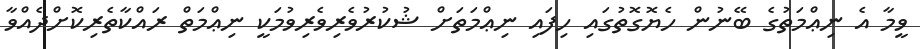
ވީމާ އެ ނިޢްމަތުގެ ބޭނުން ހެޔޮގޮތުގައި ހިފައި ނިޢްމަތަށް ޝުކުރުވެރިވެރިވުމަކީ ނިޢްމަތް ރައްކާތެރިކޮށްދެއްވާ